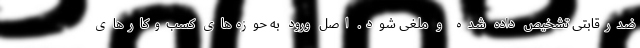
ضدرقابتی تشخیص داده شده و ملغی شود. اصل ورود به حوزه‌های کسب‌وکارهای